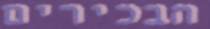
הבכירים